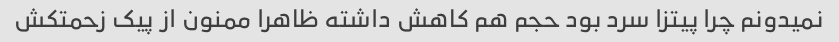
نمیدونم چرا پیتزا سرد بود حجم هم کاهش داشته ظاهرا ممنون از پیک زحمتکش